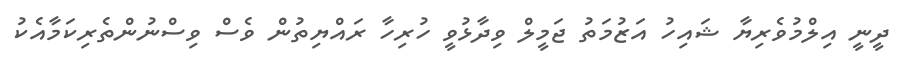
ދީނީ އިލްމުވެރިޔާ ޝައިހު އަޒުމަތު ޖަމީލް ވިދާޅުވީ ހުރިހާ ރައްޔިތުން ވެސް ވިސްނުންތެރިކަމާއެކު